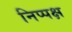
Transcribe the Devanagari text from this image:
निप्पक्ष